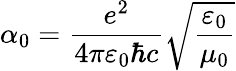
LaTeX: \alpha_{0}=\frac{e^{2}}{4\pi\varepsilon_{0}\hbar c}\sqrt{\frac{\varepsilon_{0}}{\mu_{0}}}